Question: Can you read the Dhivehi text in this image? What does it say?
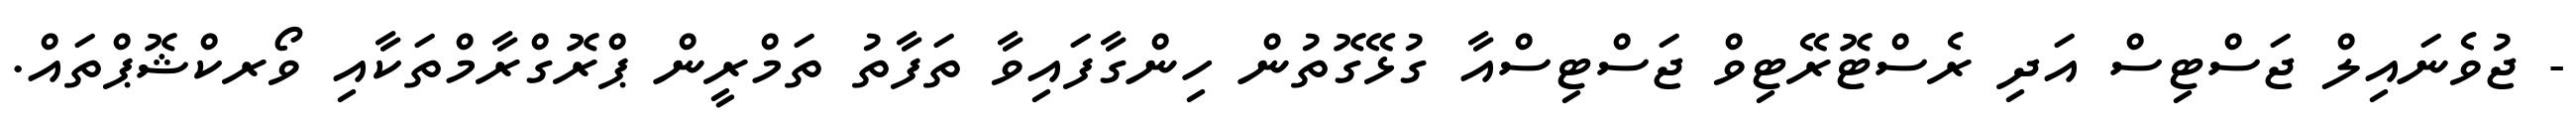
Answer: - ޖުވެނައިލް ޖަސްޓިސް އަދި ރެސްޓޮރޭޓިވް ޖަސްޓިސްއާ ގުޅޭގޮތުން ހިންގާފައިވާ ތަފާތު ތަމްރީން ޕްރޮގްރާމްތަކާއި ވޯރކްޝޮޕްތައް.